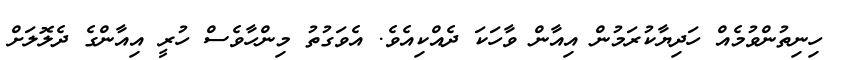
ހިނިތުންވުމެއް ހަދިޔާކުރަމުން އިއާން ވާހަކަ ދެއްކިއެވެ. އެވަގުތު މިންހާވެސް ހުރީ އިއާންގެ ދެލޮލަށް